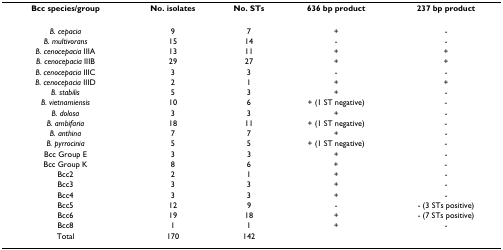
<table><thead><tr><td><b>Bcc species/group</b></td><td><b>No. isolates</b></td><td><b>No. STs</b></td><td><b>636 bp product</b></td><td><b>237 bp product</b></td></tr></thead><tbody><tr><td><i>B. cepacia</i></td><td>9</td><td>7</td><td>+</td><td>-</td></tr><tr><td><i>B. multivorans</i></td><td>15</td><td>14</td><td>-</td><td>-</td></tr><tr><td><i>B. cenocepacia </i>IIIA</td><td>13</td><td>11</td><td>+</td><td>+</td></tr><tr><td><i>B. cenocepacia </i>IIIB</td><td>29</td><td>27</td><td>+</td><td>+</td></tr><tr><td><i>B. cenocepacia </i>IIIC</td><td>3</td><td>3</td><td>-</td><td>-</td></tr><tr><td><i>B. cenocepacia </i>IIID</td><td>2</td><td>1</td><td>+</td><td>+</td></tr><tr><td><i>B. stabilis</i></td><td>5</td><td>3</td><td>+</td><td>-</td></tr><tr><td><i>B. vietnamiensis</i></td><td>10</td><td>6</td><td>+ (1 ST negative)</td><td>-</td></tr><tr><td><i>B. dolosa</i></td><td>3</td><td>3</td><td>+</td><td>-</td></tr><tr><td><i>B. ambifaria</i></td><td>18</td><td>11</td><td>+ (1 ST negative)</td><td>-</td></tr><tr><td><i>B. anthina</i></td><td>7</td><td>7</td><td>+</td><td>-</td></tr><tr><td><i>B. pyrrocinia</i></td><td>5</td><td>5</td><td>+ (1 ST negative)</td><td>-</td></tr><tr><td>Bcc Group E</td><td>3</td><td>3</td><td>+</td><td>-</td></tr><tr><td>Bcc Group K</td><td>8</td><td>6</td><td>+</td><td>-</td></tr><tr><td>Bcc2</td><td>2</td><td>1</td><td>+</td><td>-</td></tr><tr><td>Bcc3</td><td>3</td><td>3</td><td>+</td><td>-</td></tr><tr><td>Bcc4</td><td>3</td><td>3</td><td>+</td><td>-</td></tr><tr><td>Bcc5</td><td>12</td><td>9</td><td>-</td><td>- (3 STs positive)</td></tr><tr><td>Bcc6</td><td>19</td><td>18</td><td>+</td><td>- (7 STs positive)</td></tr><tr><td>Bcc8</td><td>1</td><td>1</td><td>+</td><td>-</td></tr><tr><td>Total</td><td>170</td><td>142</td><td></td><td></td></tr></tbody></table>